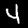
Label: 4